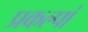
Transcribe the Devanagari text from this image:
प्रकल्पां